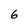
Character: 6